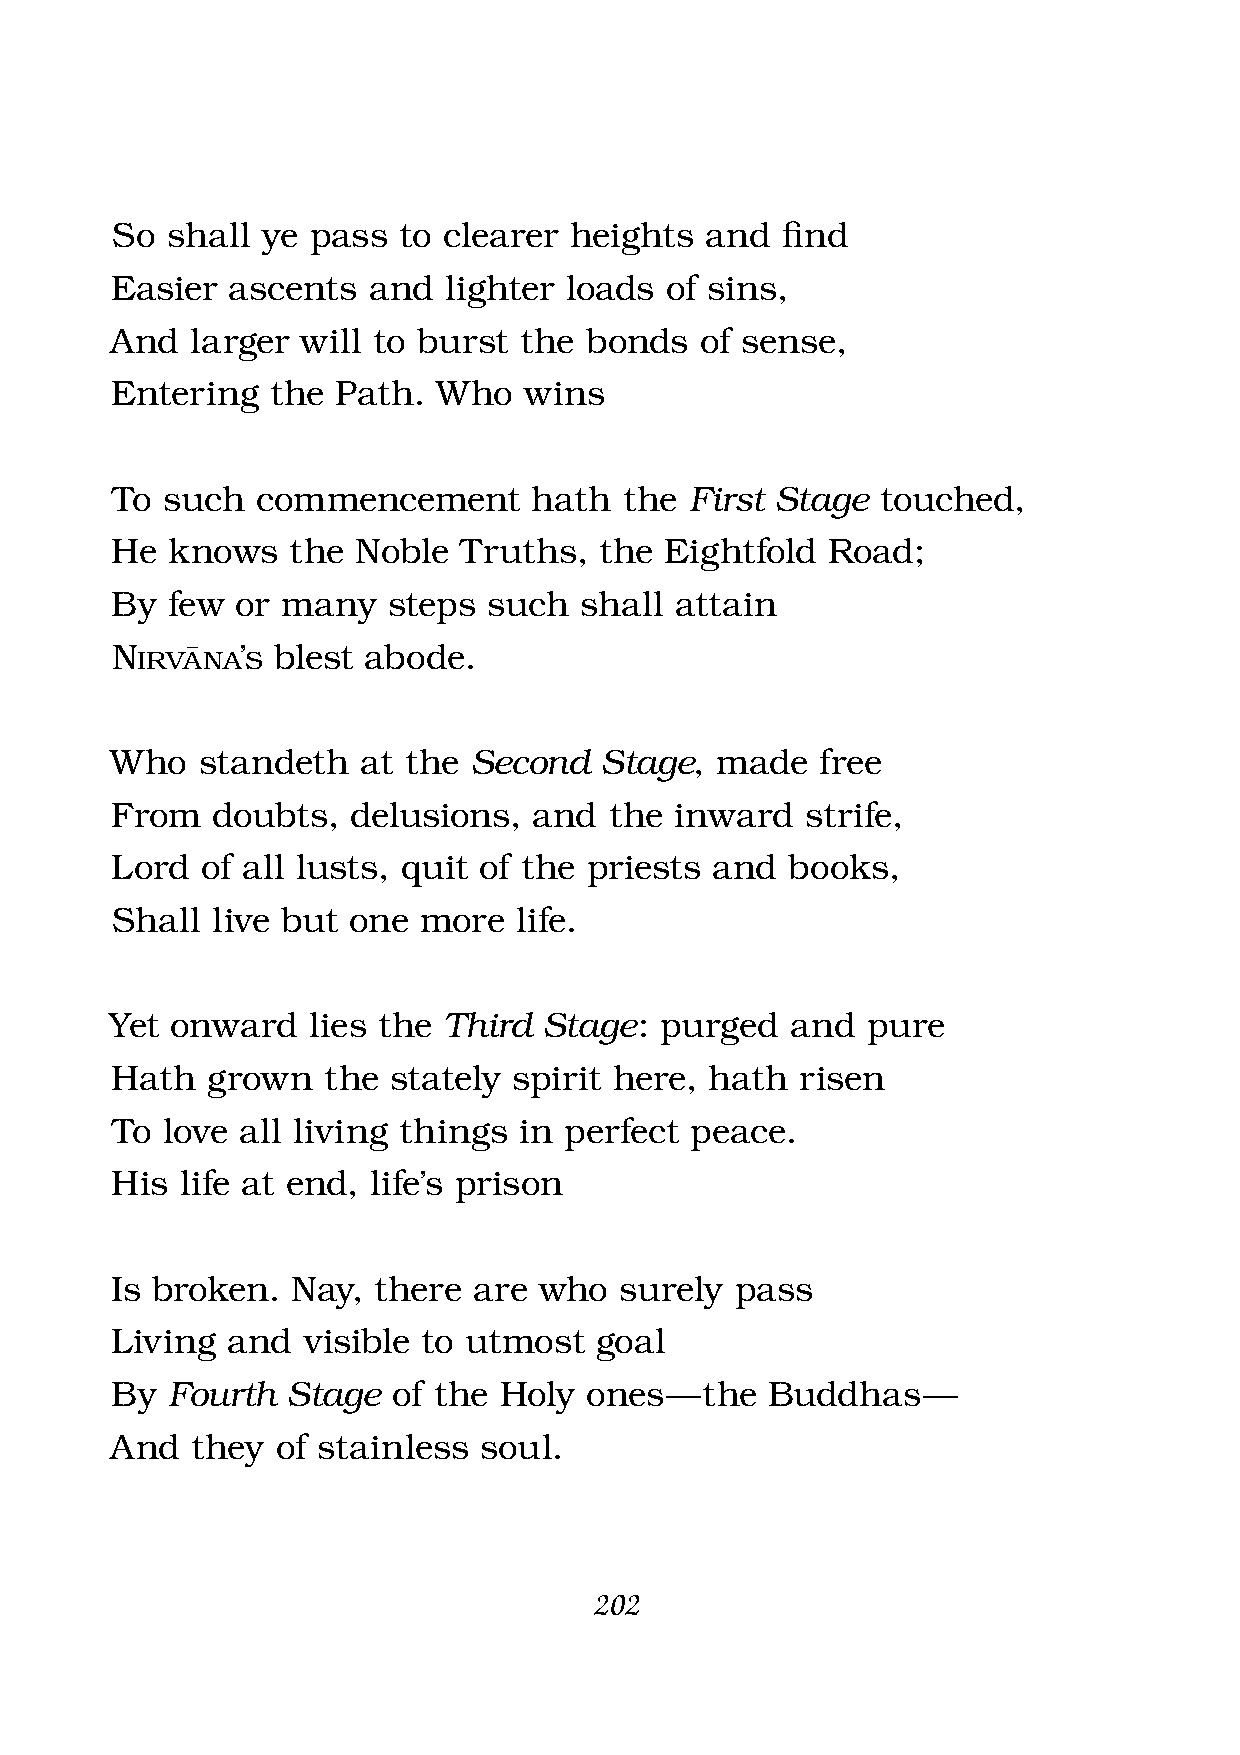
So  shall ye pass  to clearer  heights  and  fi nd
 Easier  ascents  and  lighter loads  of sins,
 And   larger will to burst the  bonds  of sense,
 Entering   the Path.  Who   wins
 To  such  commencement      hath  the  First Stage touched,
 He  knows   the  Noble Truths,   the Eightfold  Road;
 By  few  or many   steps such  shall  attain
 Nirvàna’s
 blest abode.
 Who   standeth   at the Second   Stage, made   free
 From   doubts,  delusions,  and  the  inward  strife,
 Lord  of all lusts, quit of the priests and  books,
 Shall  live but one  more  life.
 Yet onward   lies the Third  Stage:  purged  and  pure
 Hath   grown  the  stately spirit here, hath  risen
 To  love all living things in perfect  peace.
 His  life at end, life’s prison
 Is broken.  Nay,  there are  who  surely  pass
 Living  and  visible to utmost  goal
 By  Fourth  Stage  of the Holy  ones — the  Buddhas   —
 And   they of stainless  soul.
 202